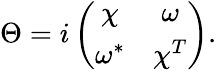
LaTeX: \Theta=i\left(\begin{array}{cc}{{\chi}}&{{\omega}}\\ {{\omega^{*}}}&{{\chi^{T}}}\end{array}\right).